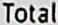
TOTAL